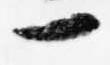
一